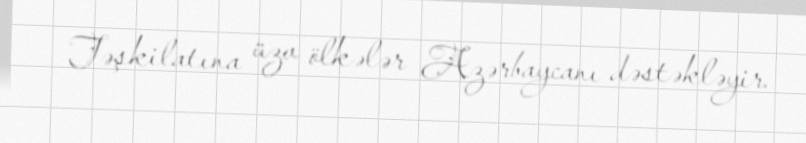
Təşkilatına üzv ölkələr Azərbaycanı dəstəkləyir.